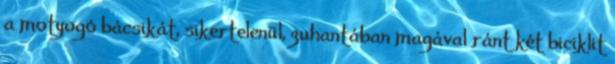
a motyogó bácsikát, sikertelenül, zuhantában magával ránt két biciklit